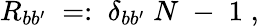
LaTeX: R_{bb^{\prime}}\; =:\; \delta_{bb^{\prime}}\; N\; -\; 1\; ,